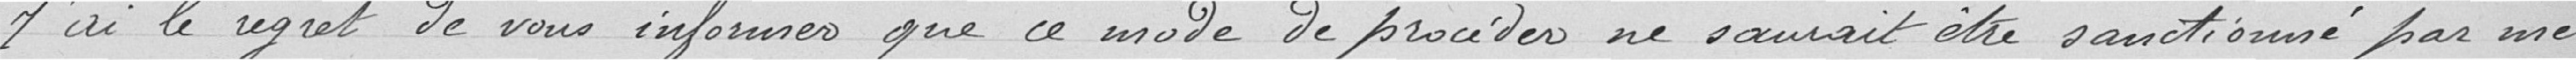
J'ai le regret de vous informer que ce mode de procédé ne saurait être sanctionné par mail